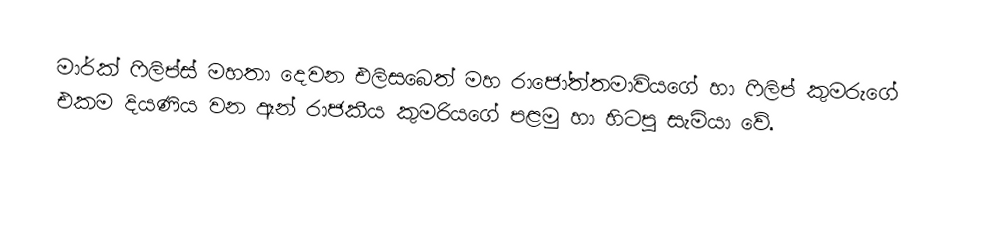
මාර්ක් ෆිලිප්ස් මහතා දෙවන එලිසබෙත් මහ රාජෝත්තමාවියගේ හා ෆිලිප් කුමරුගේ එකම දියණිය වන ඈන් රාජකීය කුමරියගේ පළමු හා හිටපු සැමියා වේ.